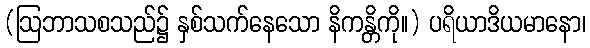
(ဩဘာသစသည်၌ နှစ်သက်နေသော နိကန္တိကို။) ပရိယာဒိယမာနော၊